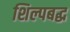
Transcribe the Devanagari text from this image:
शिल्पबद्ध